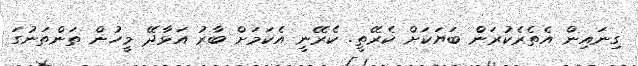
ގިނައިން އެތެރެކުރަން ބަޔަކަށް ކެރޭތީ. ކެރޭނީ އެކަމަށް ބާރު އަޅާދޭ މީހުން ތަންތަނުގަ